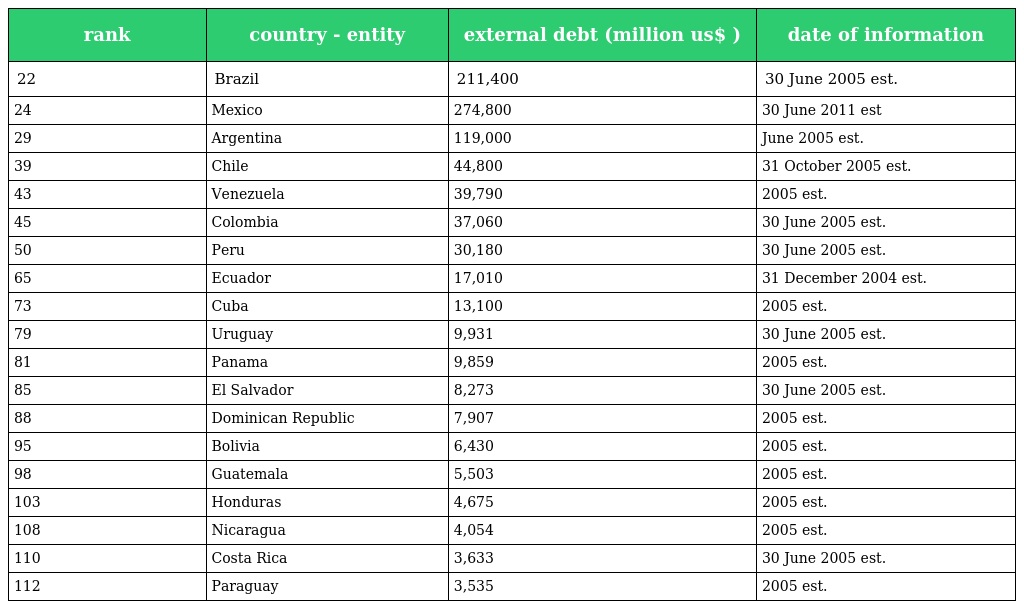
| rank | country - entity | external debt (million us$ ) | date of information |
 | --- | --- | --- | --- |
 | 22 | Brazil | 211,400 | 30 June 2005 est. |
 | 24 | Mexico | 274,800 | 30 June 2011 est |
 | 29 | Argentina | 119,000 | June 2005 est. |
 | 39 | Chile | 44,800 | 31 October 2005 est. |
 | 43 | Venezuela | 39,790 | 2005 est. |
 | 45 | Colombia | 37,060 | 30 June 2005 est. |
 | 50 | Peru | 30,180 | 30 June 2005 est. |
 | 65 | Ecuador | 17,010 | 31 December 2004 est. |
 | 73 | Cuba | 13,100 | 2005 est. |
 | 79 | Uruguay | 9,931 | 30 June 2005 est. |
 | 81 | Panama | 9,859 | 2005 est. |
 | 85 | El Salvador | 8,273 | 30 June 2005 est. |
 | 88 | Dominican Republic | 7,907 | 2005 est. |
 | 95 | Bolivia | 6,430 | 2005 est. |
 | 98 | Guatemala | 5,503 | 2005 est. |
 | 103 | Honduras | 4,675 | 2005 est. |
 | 108 | Nicaragua | 4,054 | 2005 est. |
 | 110 | Costa Rica | 3,633 | 30 June 2005 est. |
 | 112 | Paraguay | 3,535 | 2005 est. |